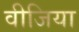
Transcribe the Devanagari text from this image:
वीजिया